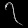
Digit: ၇